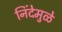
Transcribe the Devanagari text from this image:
निंदेमुळे